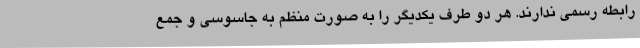
رابطه رسمی ندارند. هر دو طرف یکدیگر را به صورت منظم به جاسوسی و جمع